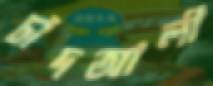
চাঁদআলী